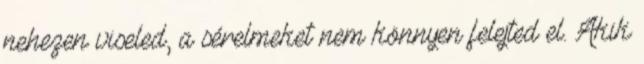
nehezen viseled, a sérelmeket nem könnyen felejted el. Akik